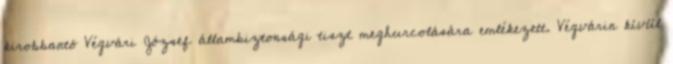
kirobbantó Végvári József állambiztonsági tiszt meghurcolására emlékezett. Végvárin kívül